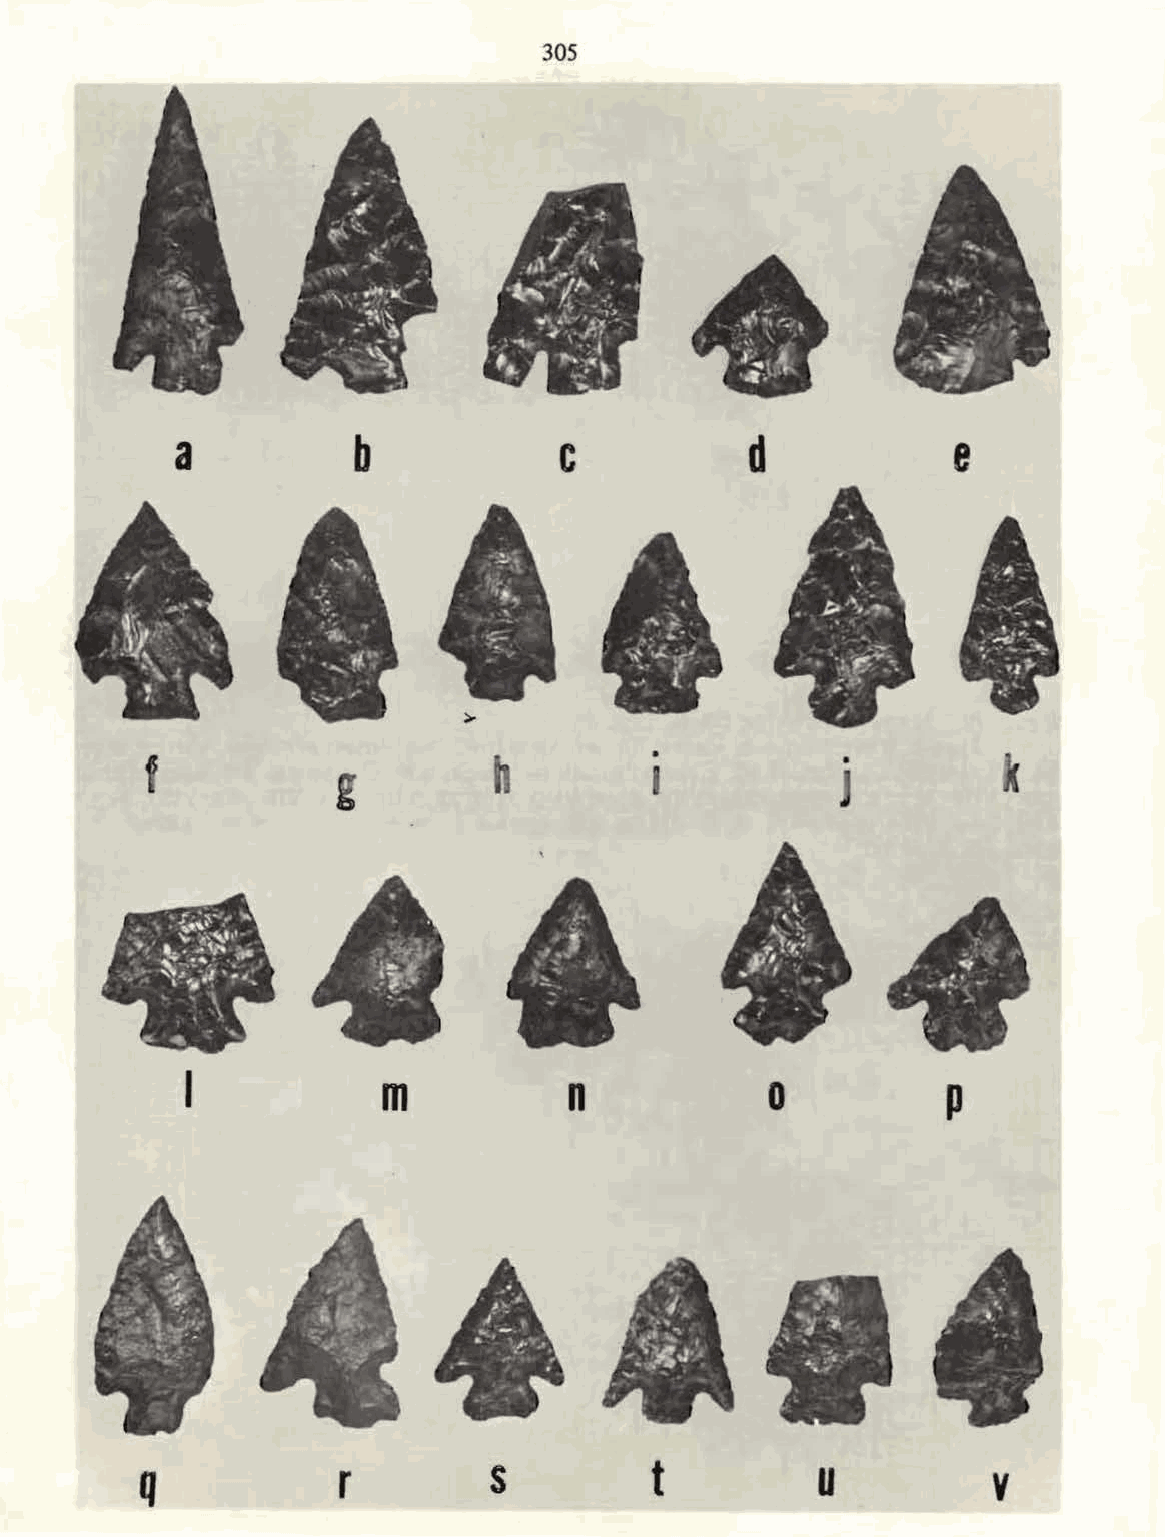
305
 ...
 ~;;,. . '
 '
 ,.,
 \ .
 ~··;.l
 j
 ....: t-
 a           b            c            d             e
 f                      h          •           •
 g                    I
 J
 I            m           n            0           p
 ,
 .
 •
 , ·.•· ~ .. A
 ., l .f .~' :t :\ vo .. ~'IA
 ..., .'!' .
 q            r         s          t          u          v